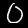
Digit: 0